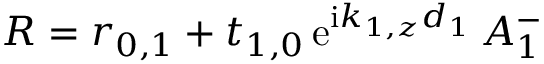
R = r _ { 0 , 1 } + t _ { 1 , 0 } \, \mathrm { e } ^ { \mathrm { i } k _ { 1 , z } d _ { 1 } } \, A _ { 1 } ^ { - }